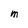
Character: m